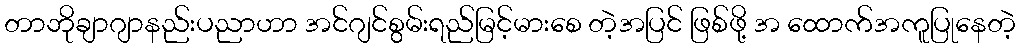
တာဘိုချာဂျာနည်းပညာဟာ အင်ဂျင်စွမ်းရည်မြင့်မားစေ တဲ့အပြင် ဖြစ်ဖို့ အ ထောက်အကူပြုနေတဲ့